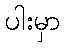
ပါးမှာ